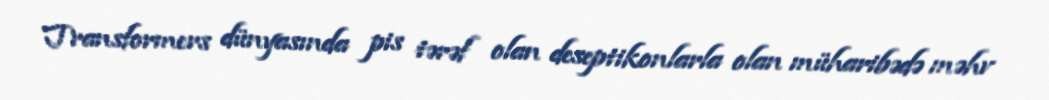
Transformers dünyasında pis tərəf olan deseptikonlarla olan müharibədə məhv